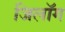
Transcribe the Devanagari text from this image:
जिलॉग